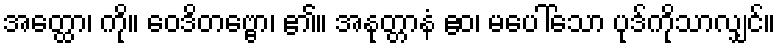
အတ္ထော၊ ကို။ ဝေဒိတဗ္ဗော၊ ၏။ အနုတ္တာနံ ဧဝ၊ မပေါ်သော ပုဒ်ကိုသာလျှင်။